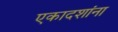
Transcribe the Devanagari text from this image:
एकादशांना